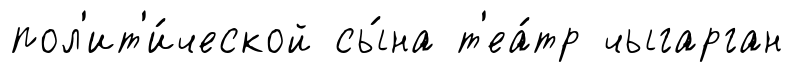
пол'ит'и́ческой сы́на т'еа́тр чыгарган